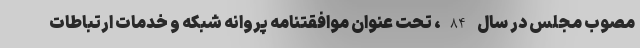
مصوب مجلس در سال 84، تحت عنوان موافقتنامه پروانه شبکه و خدمات ارتباطات